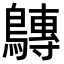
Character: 𪅘